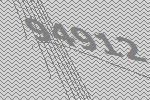
94912